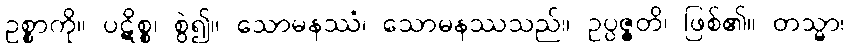
ဥစ္စာကို။ ပဋိစ္စ၊ စွဲ၍။ သောမနဿံ၊ သောမနဿသည်။ ဥပ္ပဇ္ဇတိ၊ ဖြစ်၏။ တသ္မာ၊